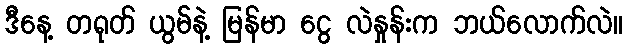
ဒီနေ့ တရုတ် ယွမ်နဲ့ မြန်မာ ငွေ လဲနှုန်းက ဘယ်လောက်လဲ။